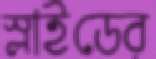
স্লাইডের